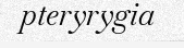
pteryrygia